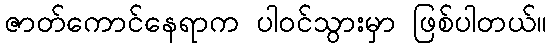
ဇာတ်ကောင်နေရာက ပါဝင်သွားမှာ ဖြစ်ပါတယ်။